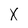
Character: X